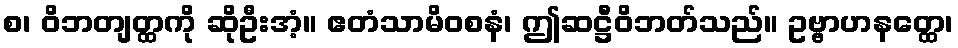
စ၊ ဝိဘတျတ္ထကို ဆိုဦးအံ့။ ဧတံသာမိဝစနံ၊ ဤဆဋ္ဌီဝိဘတ်သည်။ ဥဗ္ဗာဟနတ္ထေ၊